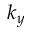
k _ { y }